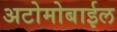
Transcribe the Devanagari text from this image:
अटोमोबाईल